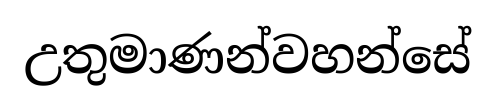
උතුමාණන්වහන්සේ